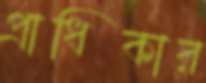
প্রাধিকার